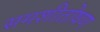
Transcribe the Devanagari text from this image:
समशीतोषण